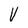
Character: V